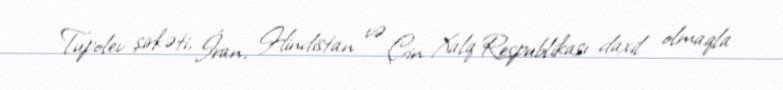
Tupolev şirkəti, İran, Hindistan və Çin Xalq Respublikası daxil olmaqla